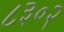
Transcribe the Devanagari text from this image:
८३०२